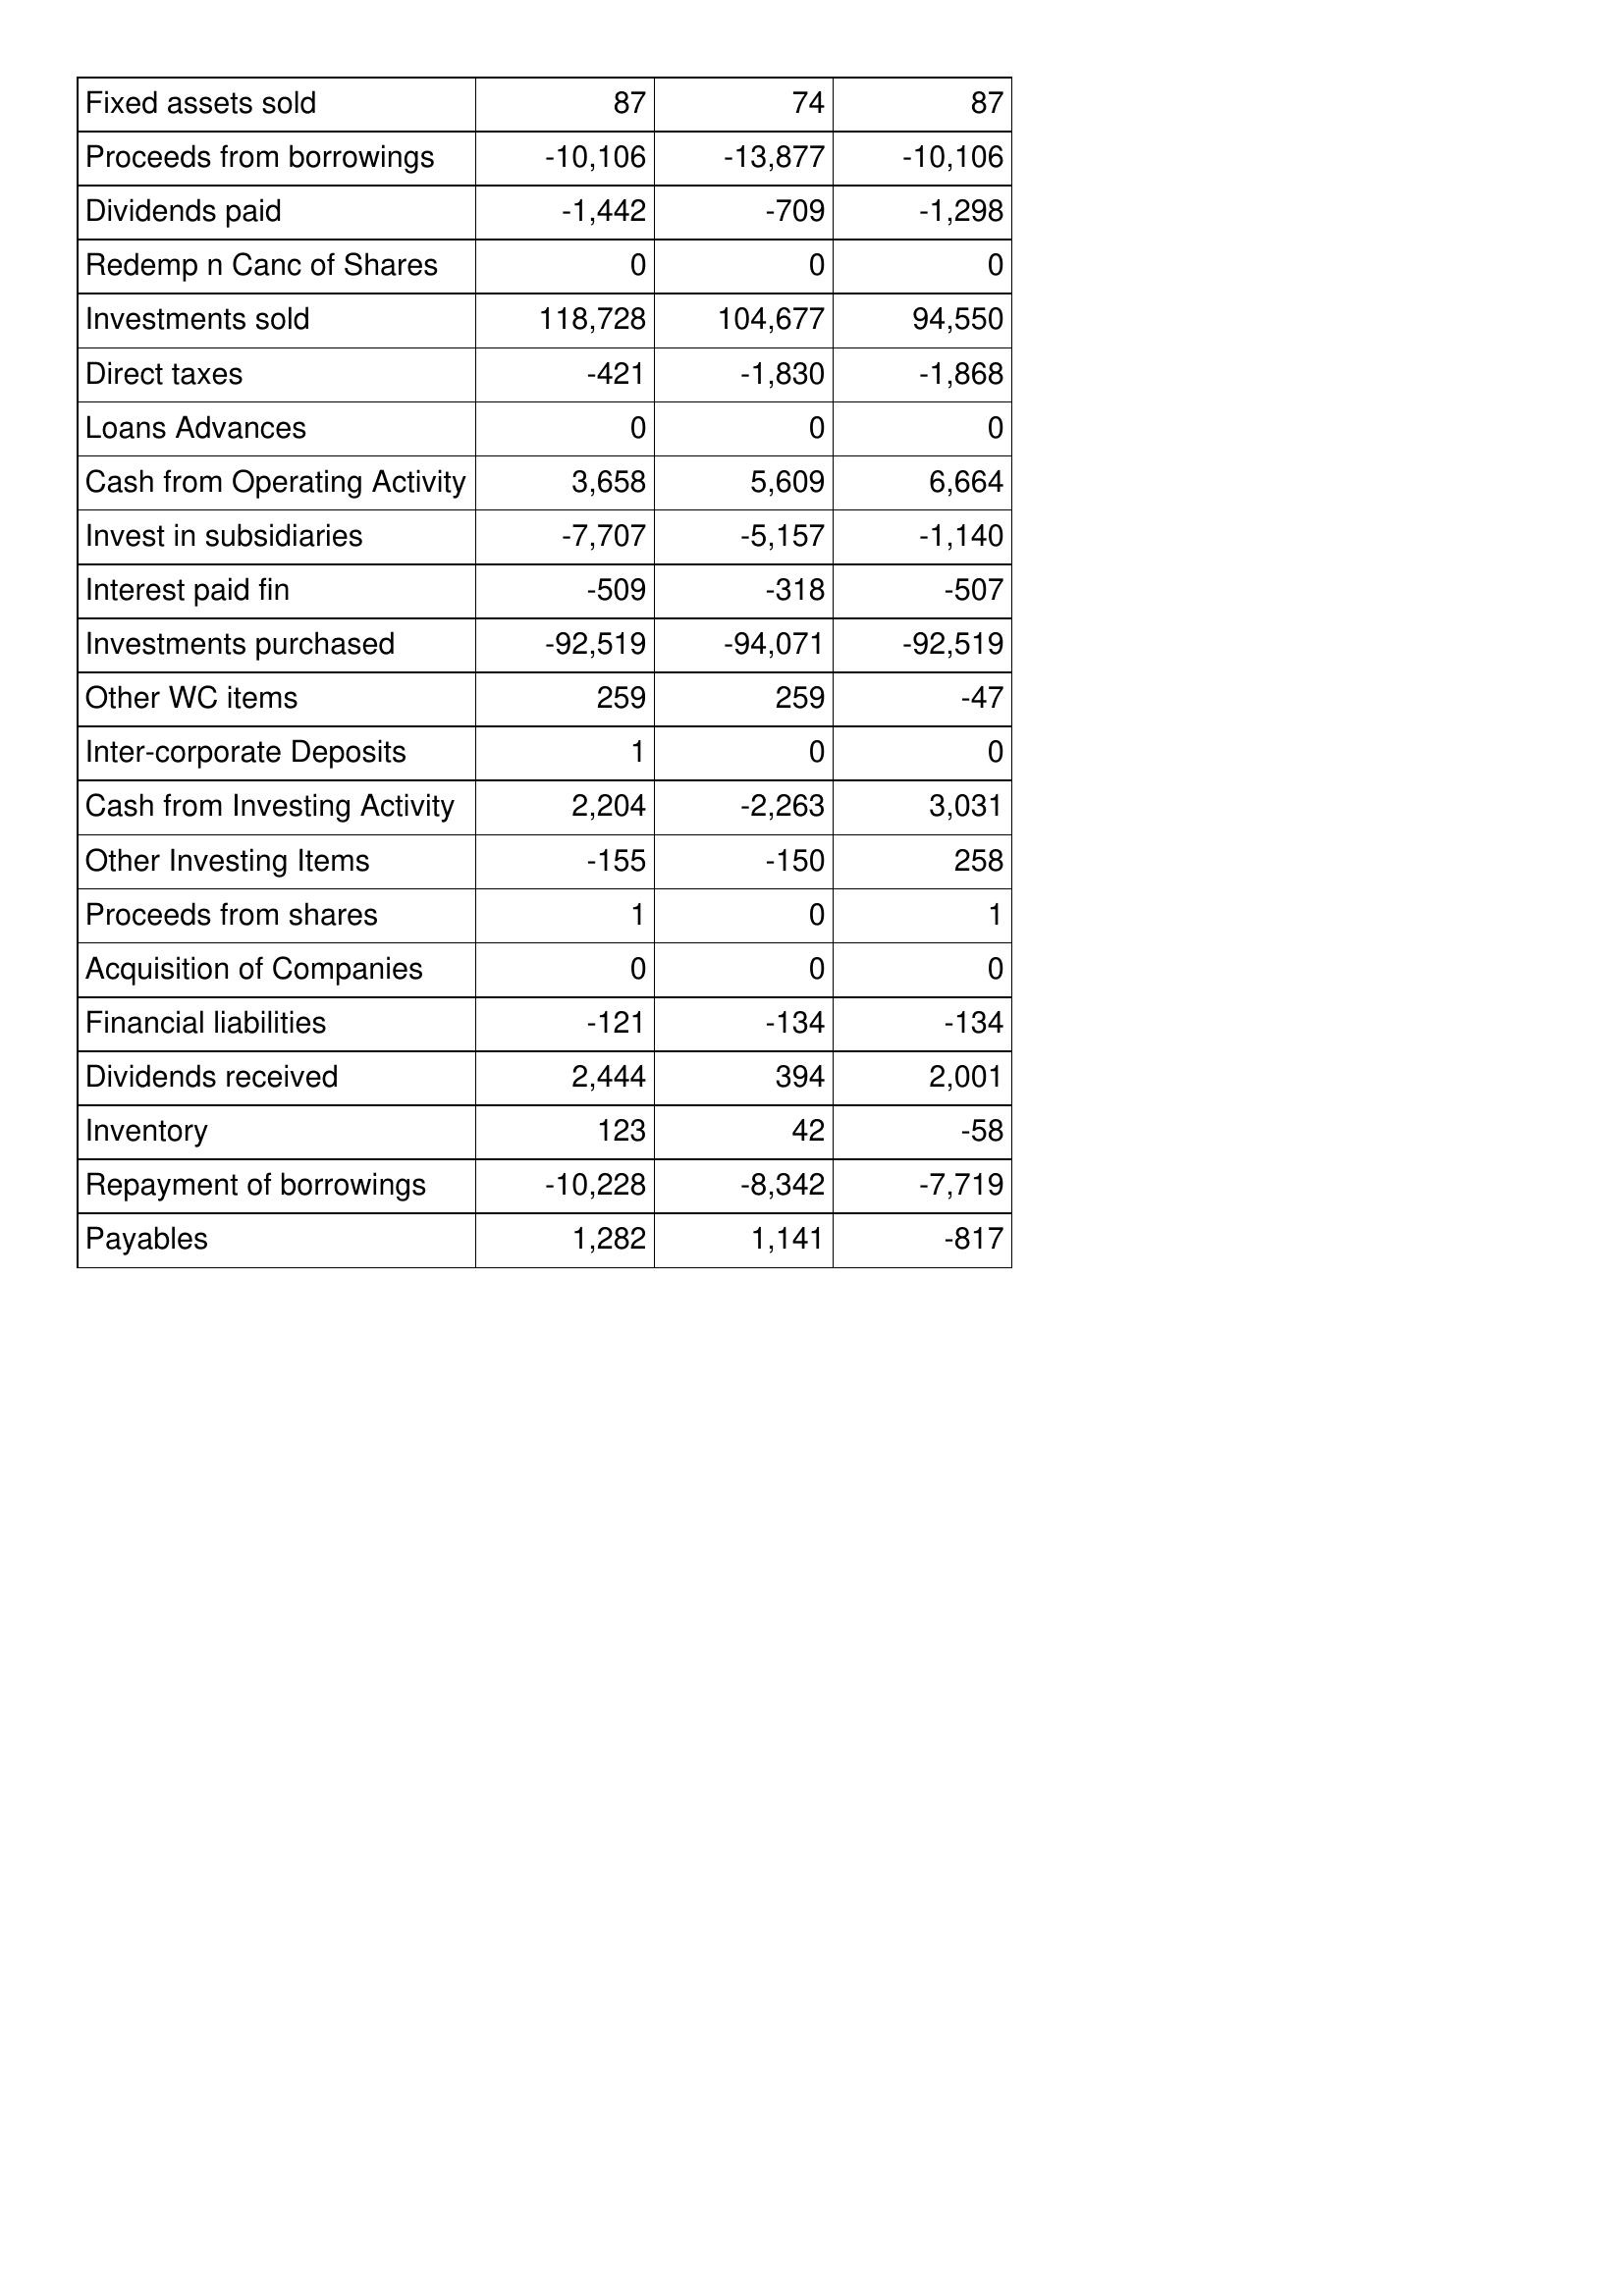
Dec-16: Cash Flows: Fixed assets sold: 87
Proceeds from borrowings: -10,106
Dividends paid: -1,442
Redemp n Canc of Shares: 0
Investments sold: 118,728
Direct taxes: -421
Loans Advances: 0
Cash from Operating Activity: 3,658
Invest in subsidiaries: -7,707
Interest paid fin: -509
Investments purchased: -92,519
Other WC items: 259
Inter-corporate Deposits: 1
Cash from Investing Activity: 2,204
Other Investing Items: -155
Proceeds from shares: 1
Acquisition of Companies: 0
Financial liabilities: -121
Dividends received: 2,444
Inventory: 123
Repayment of borrowings: -10,228
Payables: 1,282
Dec-15: Cash Flows: Fixed assets sold: 74
Proceeds from borrowings: -13,877
Dividends paid: -709
Redemp n Canc of Shares: 0
Investments sold: 104,677
Direct taxes: -1,830
Loans Advances: 0
Cash from Operating Activity: 5,609
Invest in subsidiaries: -5,157
Interest paid fin: -318
Investments purchased: -94,071
Other WC items: 259
Inter-corporate Deposits: 0
Cash from Investing Activity: -2,263
Other Investing Items: -150
Proceeds from shares: 0
Acquisition of Companies: 0
Financial liabilities: -134
Dividends received: 394
Inventory: 42
Repayment of borrowings: -8,342
Payables: 1,141
Dec-14: Cash Flows: Fixed assets sold: 87
Proceeds from borrowings: -10,106
Dividends paid: -1,298
Redemp n Canc of Shares: 0
Investments sold: 94,550
Direct taxes: -1,868
Loans Advances: 0
Cash from Operating Activity: 6,664
Invest in subsidiaries: -1,140
Interest paid fin: -507
Investments purchased: -92,519
Other WC items: -47
Inter-corporate Deposits: 0
Cash from Investing Activity: 3,031
Other Investing Items: 258
Proceeds from shares: 1
Acquisition of Companies: 0
Financial liabilities: -134
Dividends received: 2,001
Inventory: -58
Repayment of borrowings: -7,719
Payables: -817